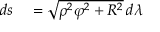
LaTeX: \begin{array} { r l } { d s } & { { } = { \sqrt { \rho ^ { 2 } \varphi ^ { 2 } + R ^ { 2 } } } \, d \lambda } \end{array}